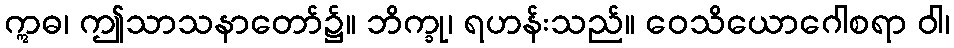
ဣဓ၊ ဤသာသနာတော်၌။ ဘိက္ခု၊ ရဟန်းသည်။ ဝေသိယောဂေါစရာ ဝါ၊